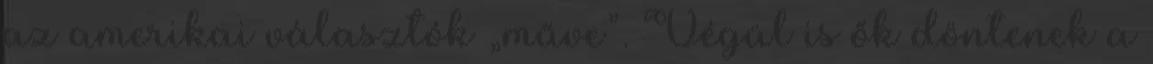
az amerikai választók „műve”. Végül is ők döntenek a